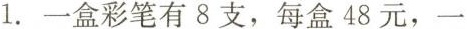
1.一盒彩笔有8支，每盒48元，一